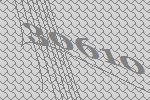
30610